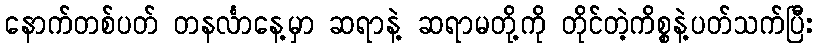
နောက်တစ်ပတ် တနင်္လာနေ့မှာ ဆရာနဲ့ ဆရာမတို့ကို တိုင်တဲ့ကိစ္စနဲ့ပတ်သက်ပြီး